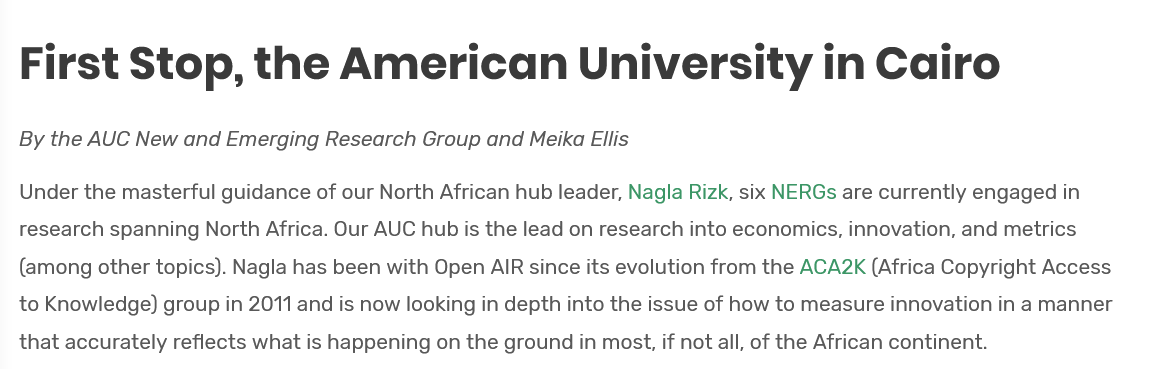
First    Stop,    the    American    University    in  Cairo
  By the AUC New and Emerging Research Group and Meika Ellis
  Under the masterful guidance of our North African hub leader, Nagla Rizk, six NERGs are currently engaged in
  research spanning North Africa. Our AUC hub is the lead on research into economics, innovation, and metrics
  (among other topics). Nagla has been with Open AIR since its evolution from the ACA2K (Africa Copyright Access
  to Knowledge) group in 2011 and is now looking in depth into the issue of how to measure innovation in a manner
  that accurately reflects what is happening on the ground in most, if not all, of the African continent.